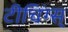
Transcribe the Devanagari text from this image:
टीचिंग्स्‌